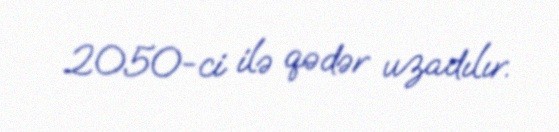
2050-ci ilə qədər uzadılır.